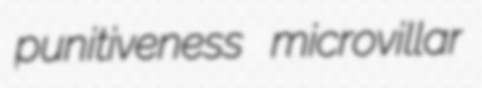
punitiveness microvillar